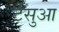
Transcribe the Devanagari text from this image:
टेसुआ